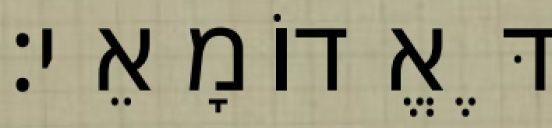
דֶּאֱדוֹמָאֵי׃